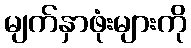
မျက်နှာဖုံးများကို